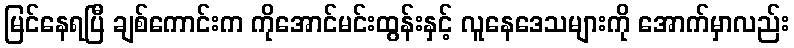
မြင်နေရပြီ ချစ်ကောင်းက ကိုအောင်မင်းထွန်းနှင့် လူနေဒေသများကို အောက်မှာလည်း